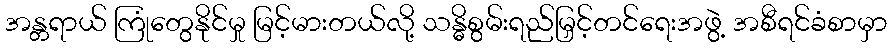
အန္တရာယ် ကြုံတွေနိုင်မှု မြင့်မားတယ်လို့ သန္ဓိစွမ်းရည်မြှင့်တင်ရေးအဖွဲ့ အစီရင်ခံစာမှာ